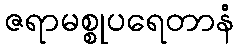
ဇရာမစ္စုပရေတာနံ